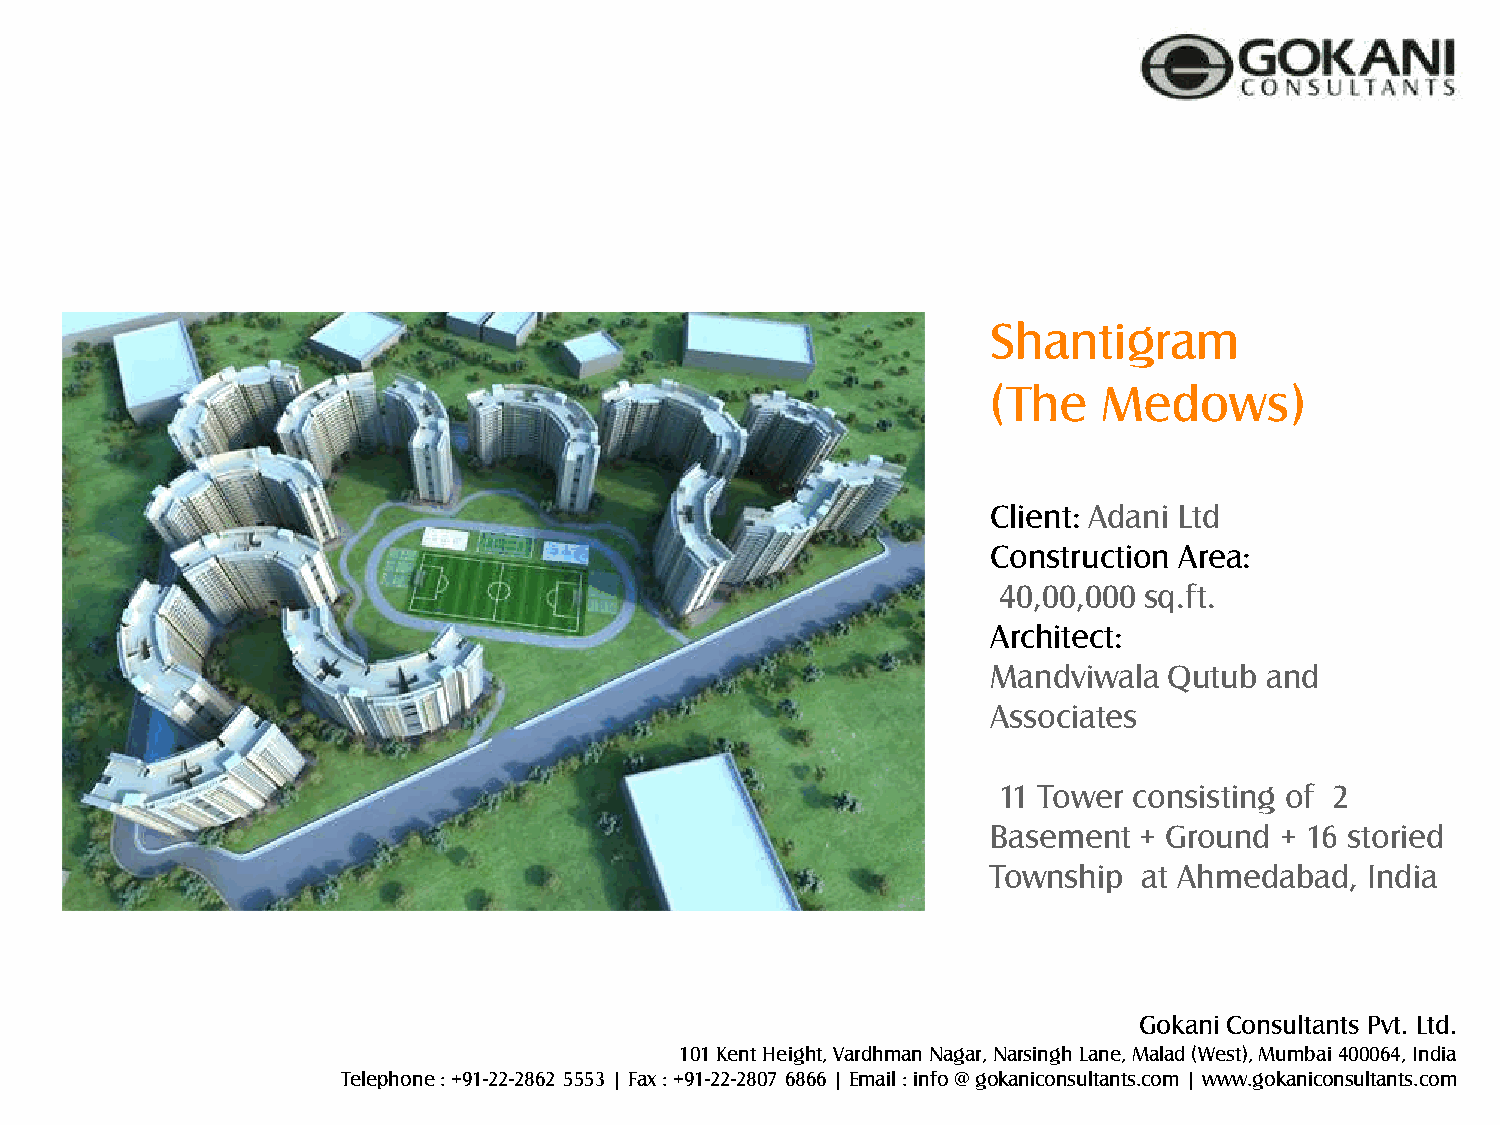
Shantigram
 (The   Medows)
 Client: Adani Ltd
 Construction Area:
 40,00,000 sq.ft.
 Architect:
 Mandviwala Qutub  and
 Associates
 11 Tower consisting of 2
 Basement + Ground  + 16 storied
 Township  at Ahmedabad,  India
 Gokani Consultants Pvt. Ltd.
 101 Kent Height, Vardhman Nagar, Narsingh Lane, Malad (West), Mumbai 400064, India
 Telephone : +91-22-2862 5553 | Fax : +91-22-2807 6866 | Email : info @ gokaniconsultants.com | www.gokaniconsultants.com